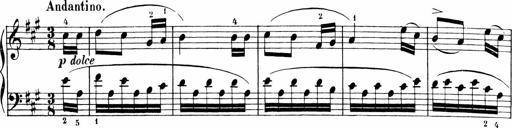
Title: Sonatinen Op.47, 98 und 136, nebst 6 Liedersonatinen
Composer: Carl Reinecke